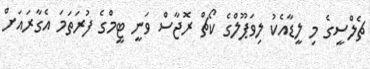
ޗެލްސީގެ މި ލީޑާއެކު ލިވަޕޫލްގެ ކޯޗް ރޮޖާސް ވަނީ ޓީމްގެ ފުރަތަމަ އެގާރައަށް